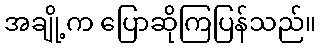
အချို့က ပြောဆိုကြပြန်သည်။